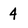
Character: 4